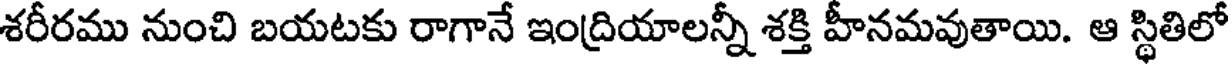
శరీరము నుంచి బయటకు రాగానే ఇంద్రియాలన్నీ శక్తి హీనమవుతాయి. ఆ స్థితిలో